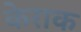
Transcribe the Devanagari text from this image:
केराक